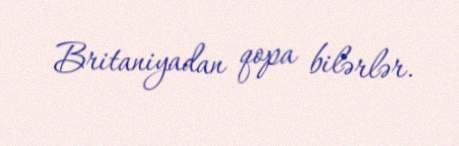
Britaniyadan qopa bilərlər.